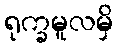
ရုက္ခမူလမှိ